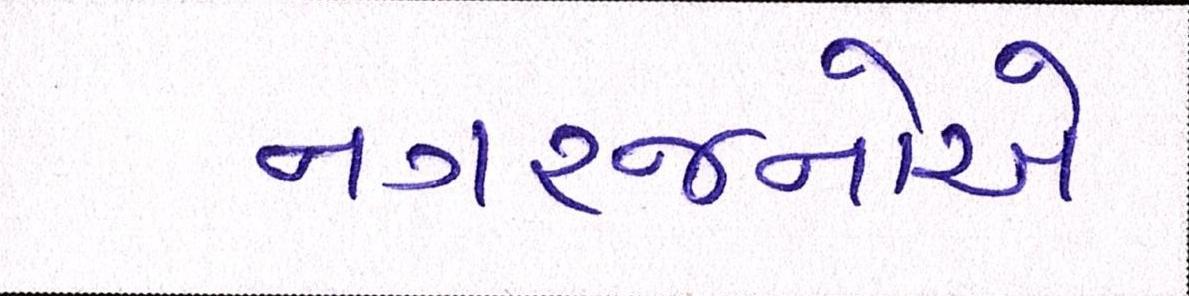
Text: નગરજનોએ